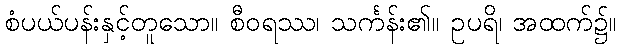
စံပယ်ပန်းနှင့်တူသော။ စီဝရဿ၊ သင်္ကန်း၏။ ဥပရိ၊ အထက်၌။